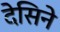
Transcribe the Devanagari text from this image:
देसिने